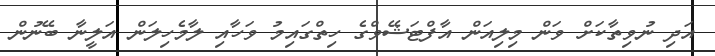
އަދި ނުވިތާކަށް ވަން މިލިއަން އާފްޓަޝޭވްގެ ހިތްގައިމު ވަހާއި ލާމެހިލަން އަލީނާ ބޭނުން